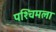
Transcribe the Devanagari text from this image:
पश्‍चिमला